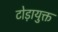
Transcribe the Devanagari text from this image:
टोड़ायुक्त